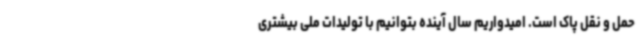
حمل و نقل پاک است. امیدواریم سال آینده بتوانیم با تولیدات ملی بیشتری